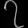
Digit: ၇